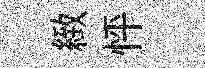
緻怦